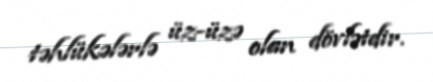
təhlükələrlə üz-üzə olan dövlətdir.